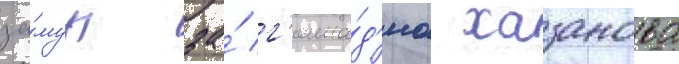
за́муж за́ г'енна́д'иа хазанова